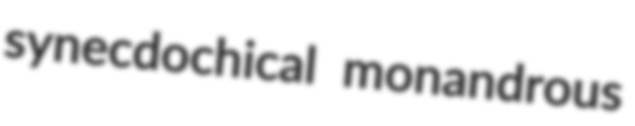
synecdochical monandrous